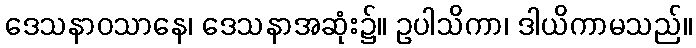
ဒေသနာဝသာနေ၊ ဒေသနာအဆုံး၌။ ဥပါသိကာ၊ ဒါယိကာမသည်။